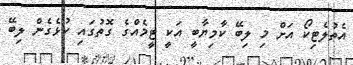
އެތުލެޓިކޯ އަށް މި ލިބޭ ކާމިޔާބީ އަކީ ޓީމެއްގެ ގޮތުގައި ކުޅެގެން ލިބޭ